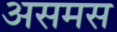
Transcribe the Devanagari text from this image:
असमस